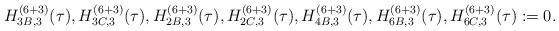
LaTeX: \begin{align*}H^{(6+3)}_{3B,3}(\tau),H^{(6+3)}_{3C,3}(\tau),H^{(6+3)}_{2B,3}(\tau),H^{(6+3)}_{2C,3}(\tau),H^{(6+3)}_{4B,3}(\tau),H^{(6+3)}_{6B,3}(\tau),H^{(6+3)}_{6C,3}(\tau):=0.\end{align*}